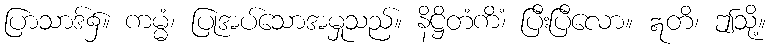
ပြာသာဒ်၌။ ကမ္မံ၊ ပြုအပ်သောအမှုသည်။ နိဋ္ဌိတံကိံ၊ ပြီးပြီလော။ ဣတိ၊ ဤသို့။